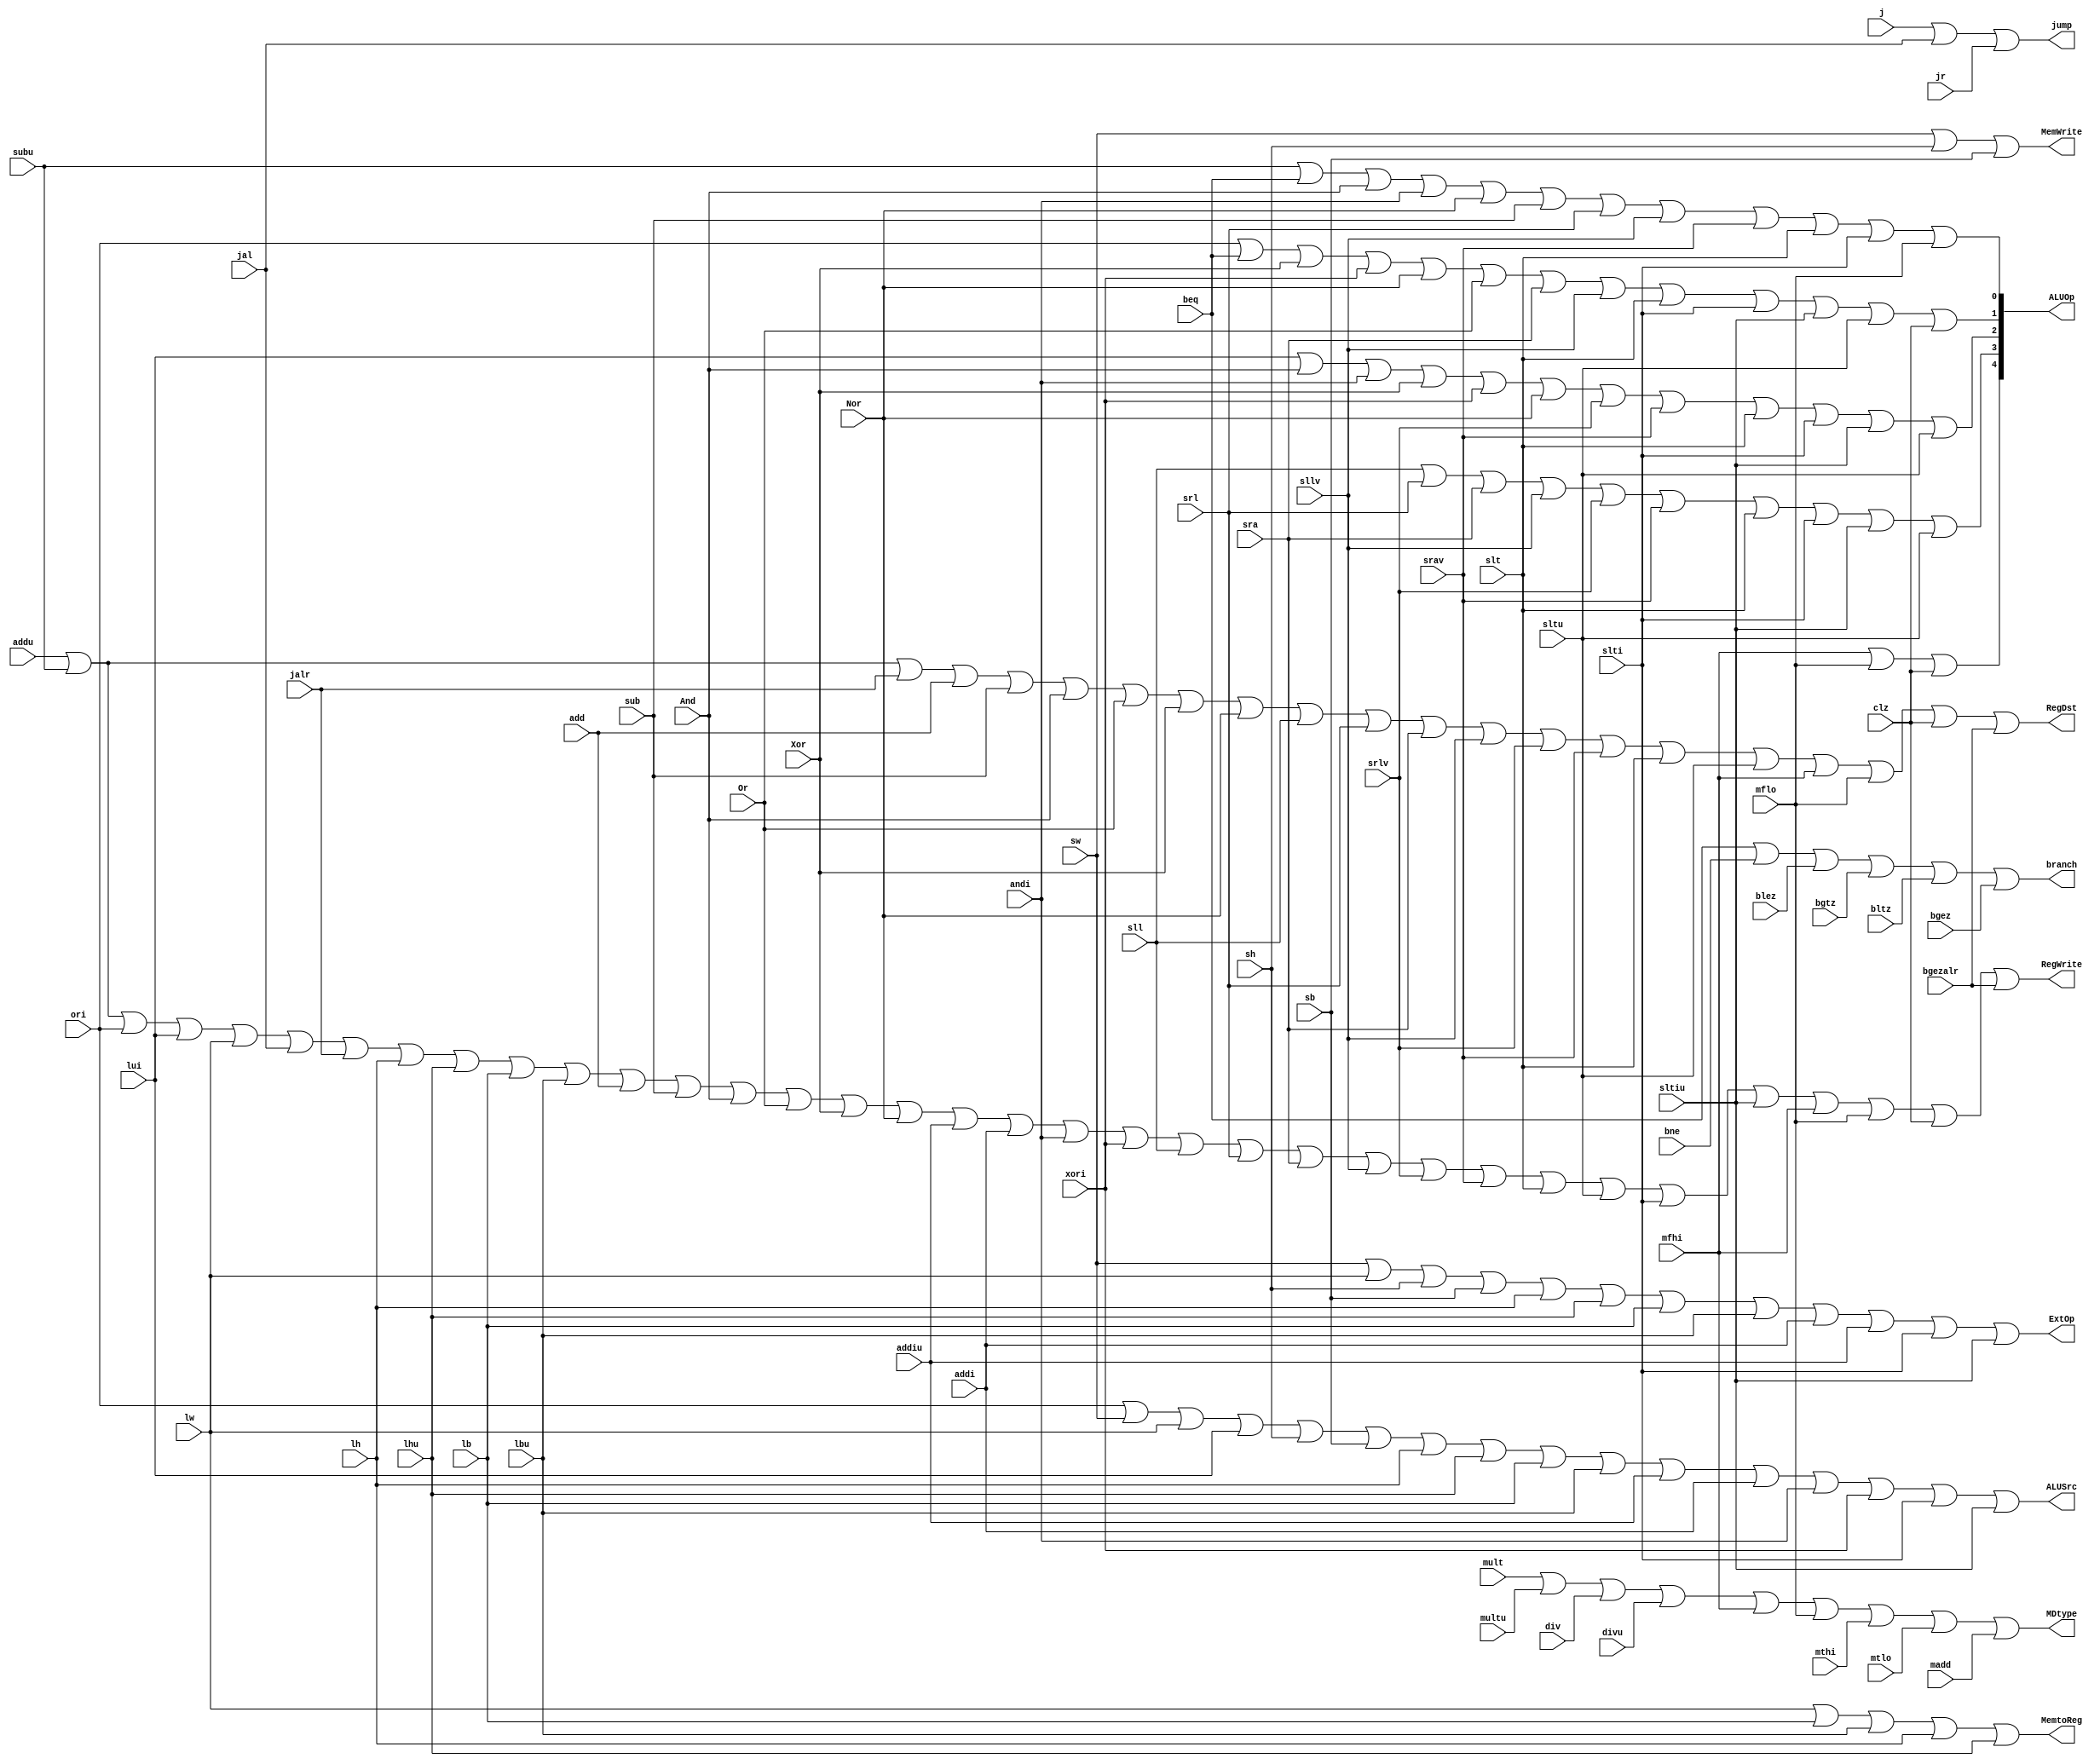
`timescale 1ns / 1ps
//////////////////////////////////////////////////////////////////////////////////
// Company: 
// Engineer: 
// 
// Design Name: 
// Module Name:    OR_of_controller 
// Project Name: 
// Target Devices: 
// Tool versions: 
// Description: 
//
// Dependencies: 
//
// Revision: 
// Revision 0.01 - File Created
// Additional Comments: 
//
//////////////////////////////////////////////////////////////////////////////////
module OR_of_controller(
    input addu,
    input subu,
    input ori,
    input lui,
    input lw,
    input sw,
    input beq,
	 input j,
    input jal,
    input jr,
	 input jalr,
	 input sh,
	 input sb,
	 input lh,
	 input lhu,
	 input lb,
	 input lbu,
	 input add,
	 input sub,
	 input And,
	 input Or,
	 input Xor,
	 input Nor,
	 input addiu,
	 input addi,
	 input andi,
	 input xori,
	 input sll,
	 input srl,
	 input sra,
	 input sllv,
	 input srlv,
	 input srav,
	 input slt,
	 input slti,
	 input sltiu,
	 input sltu,
	 input bne,
	 input blez,
	 input bgtz,
	 input bltz,
	 input bgez,
	 input mult,
	 input multu,
	 input div,
	 input divu,
	 input mfhi,
	 input mflo,
	 input mthi,
	 input mtlo,
	 input madd,
	 input clz,
	 input bgezalr,
    output RegDst,
    output ALUSrc,
    output MemtoReg,
    output RegWrite,
    output MemWrite,
    output jump,
    output branch,
    output ExtOp,
	 output MDtype,									//
    output [4:0] ALUOp
    );
	 
		assign RegDst = addu | subu | jalr | add | sub | And | Or | Xor | Nor | sll | srl | sra | sllv | srlv | srav | slt | sltu | mfhi | mflo | clz | bgezalr; 
		assign ALUSrc = ori | sw | lw | lui | sh | sb | lh | lhu | lb | lbu | addiu | addi | andi | xori | slti | sltiu;
		assign MemtoReg = lw | lb | lbu | lh | lhu;
		assign RegWrite = addu | subu | ori | lui | lw | jal | jalr | lh | lhu | lb | lbu | add | sub | And | Or | Xor | Nor | addiu | addi | andi | xori
		| sll | srl | sra | sllv | srlv | srav | slt | sltu | slti | sltiu | mfhi | mflo | clz | bgezalr;
		assign MemWrite = sw | sh | sb;
		assign jump = j | jal | jr ;
		assign branch = beq | bne | blez | bgtz | bltz | bgez;
		assign ExtOp = sw | lw | sh | sb | lh | lhu | lb | lbu | addi | addiu | slti | sltiu;
		assign ALUOp = {/*bit4*/{mfhi | mflo | clz}, /*bit3*/{sll | srl | sra | sllv | srlv | srav | slt | slti | sltiu | sltu},
		/*bit2*/{lui | And | andi | Xor | xori | Nor | srlv | srav |slt | slti | sltiu | sltu}, /*bit1*/{ori | beq | Xor | xori | Nor | Or | sra | sllv | slt | slti | sltiu | sltu | clz}, 
		/*bit0*/{subu | beq | And | andi | Nor | sub | srl | sllv | srav | slt | slti | mflo}};
		assign MDtype = mult | multu | div | divu | mfhi | mflo | mthi | mtlo | madd;
		
endmodule